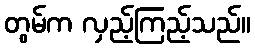
တွမ်က လှည့်ကြည့်သည်။